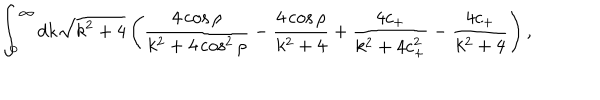
LaTeX: \int _ { 0 } ^ { \infty } d k \sqrt { k ^ { 2 } + 4 } \left( \frac { 4 \cos \rho } { k ^ { 2 } + 4 \cos ^ { 2 } \rho } - \frac { 4 \cos \rho } { k ^ { 2 } + 4 } + \frac { 4 c _ { + } } { k ^ { 2 } + 4 c _ { + } ^ { 2 } } - \frac { 4 c _ { + } } { k ^ { 2 } + 4 } \right) ,